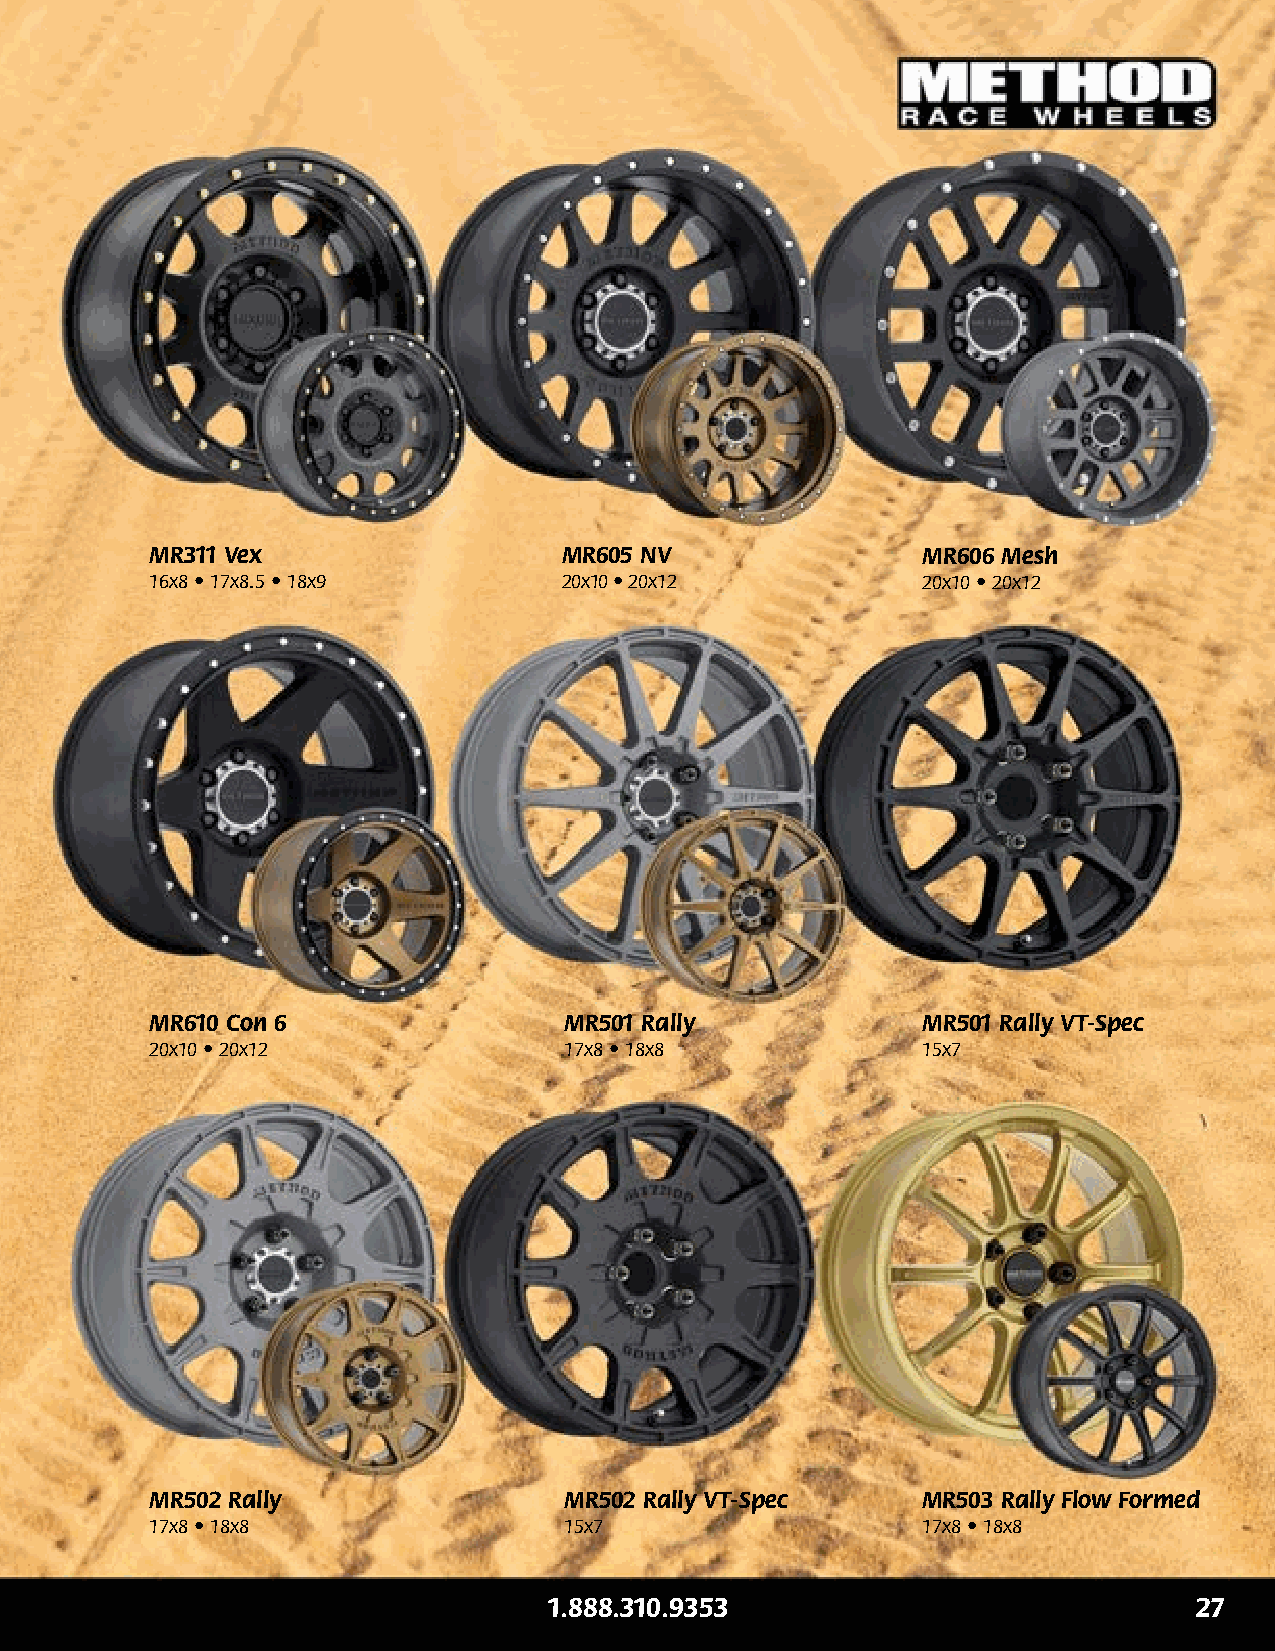
MR311 Vex                  MR605 NV                MR606 Mesh
 16x8 • 17x8.5 • 18x9       20x10 • 20x12           20x10 • 20x12
 MR610 Con 6                MR501 Rally             MR501 Rally VT-Spec
 20x10 • 20x12              17x8 • 18x8             15x7
 MR502 Rally                MR502 Rally VT-Spec     MR503 Rally Flow Formed
 17x8 • 18x8                15x7                    17x8 • 18x8
 1.888.310.9353                              1
 1.888.310.9353                             27